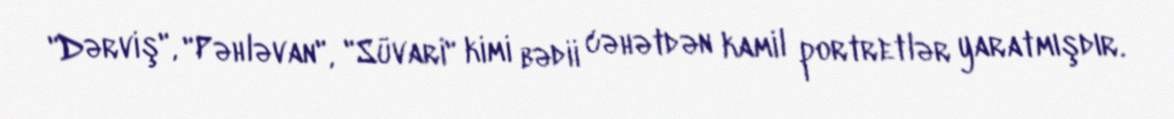
"Dərviş", "Pəhləvan", "Süvari" kimi bədii cəhətdən kamil portretlər yaratmışdır.